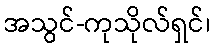
အသွင်-ကုသိုလ်ရှင်၊